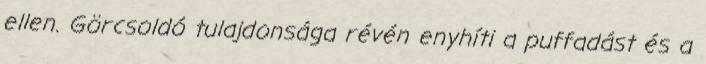
ellen. Görcsoldó tulajdonsága révén enyhíti a puffadást és a